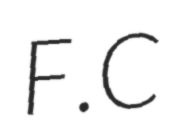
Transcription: F.C